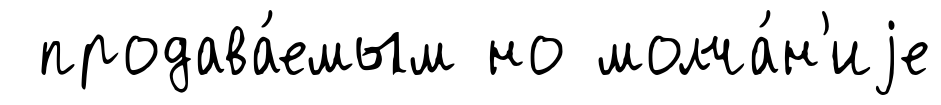
продава́емым но молча́н'иjе